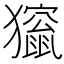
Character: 𤢱